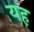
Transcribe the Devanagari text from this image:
यह़